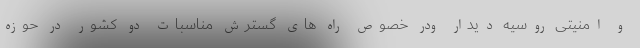
و امنیتی روسیه دیدار ودر خصوص راه های گسترش مناسبات دو کشور در حوزه